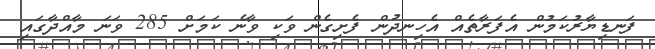
ފަނޑިޔާރުކަމުން އެފަރާތެއް އެހިނދުން ފެށިގެން ވަކި ވާނެ ކަމަށް 285 ވަނަ މާއްދާގައި